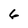
Character: 6